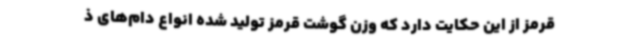
قرمز از این حکایت دارد که وزن گوشت قرمز تولید شده انواع دام‌های ذ